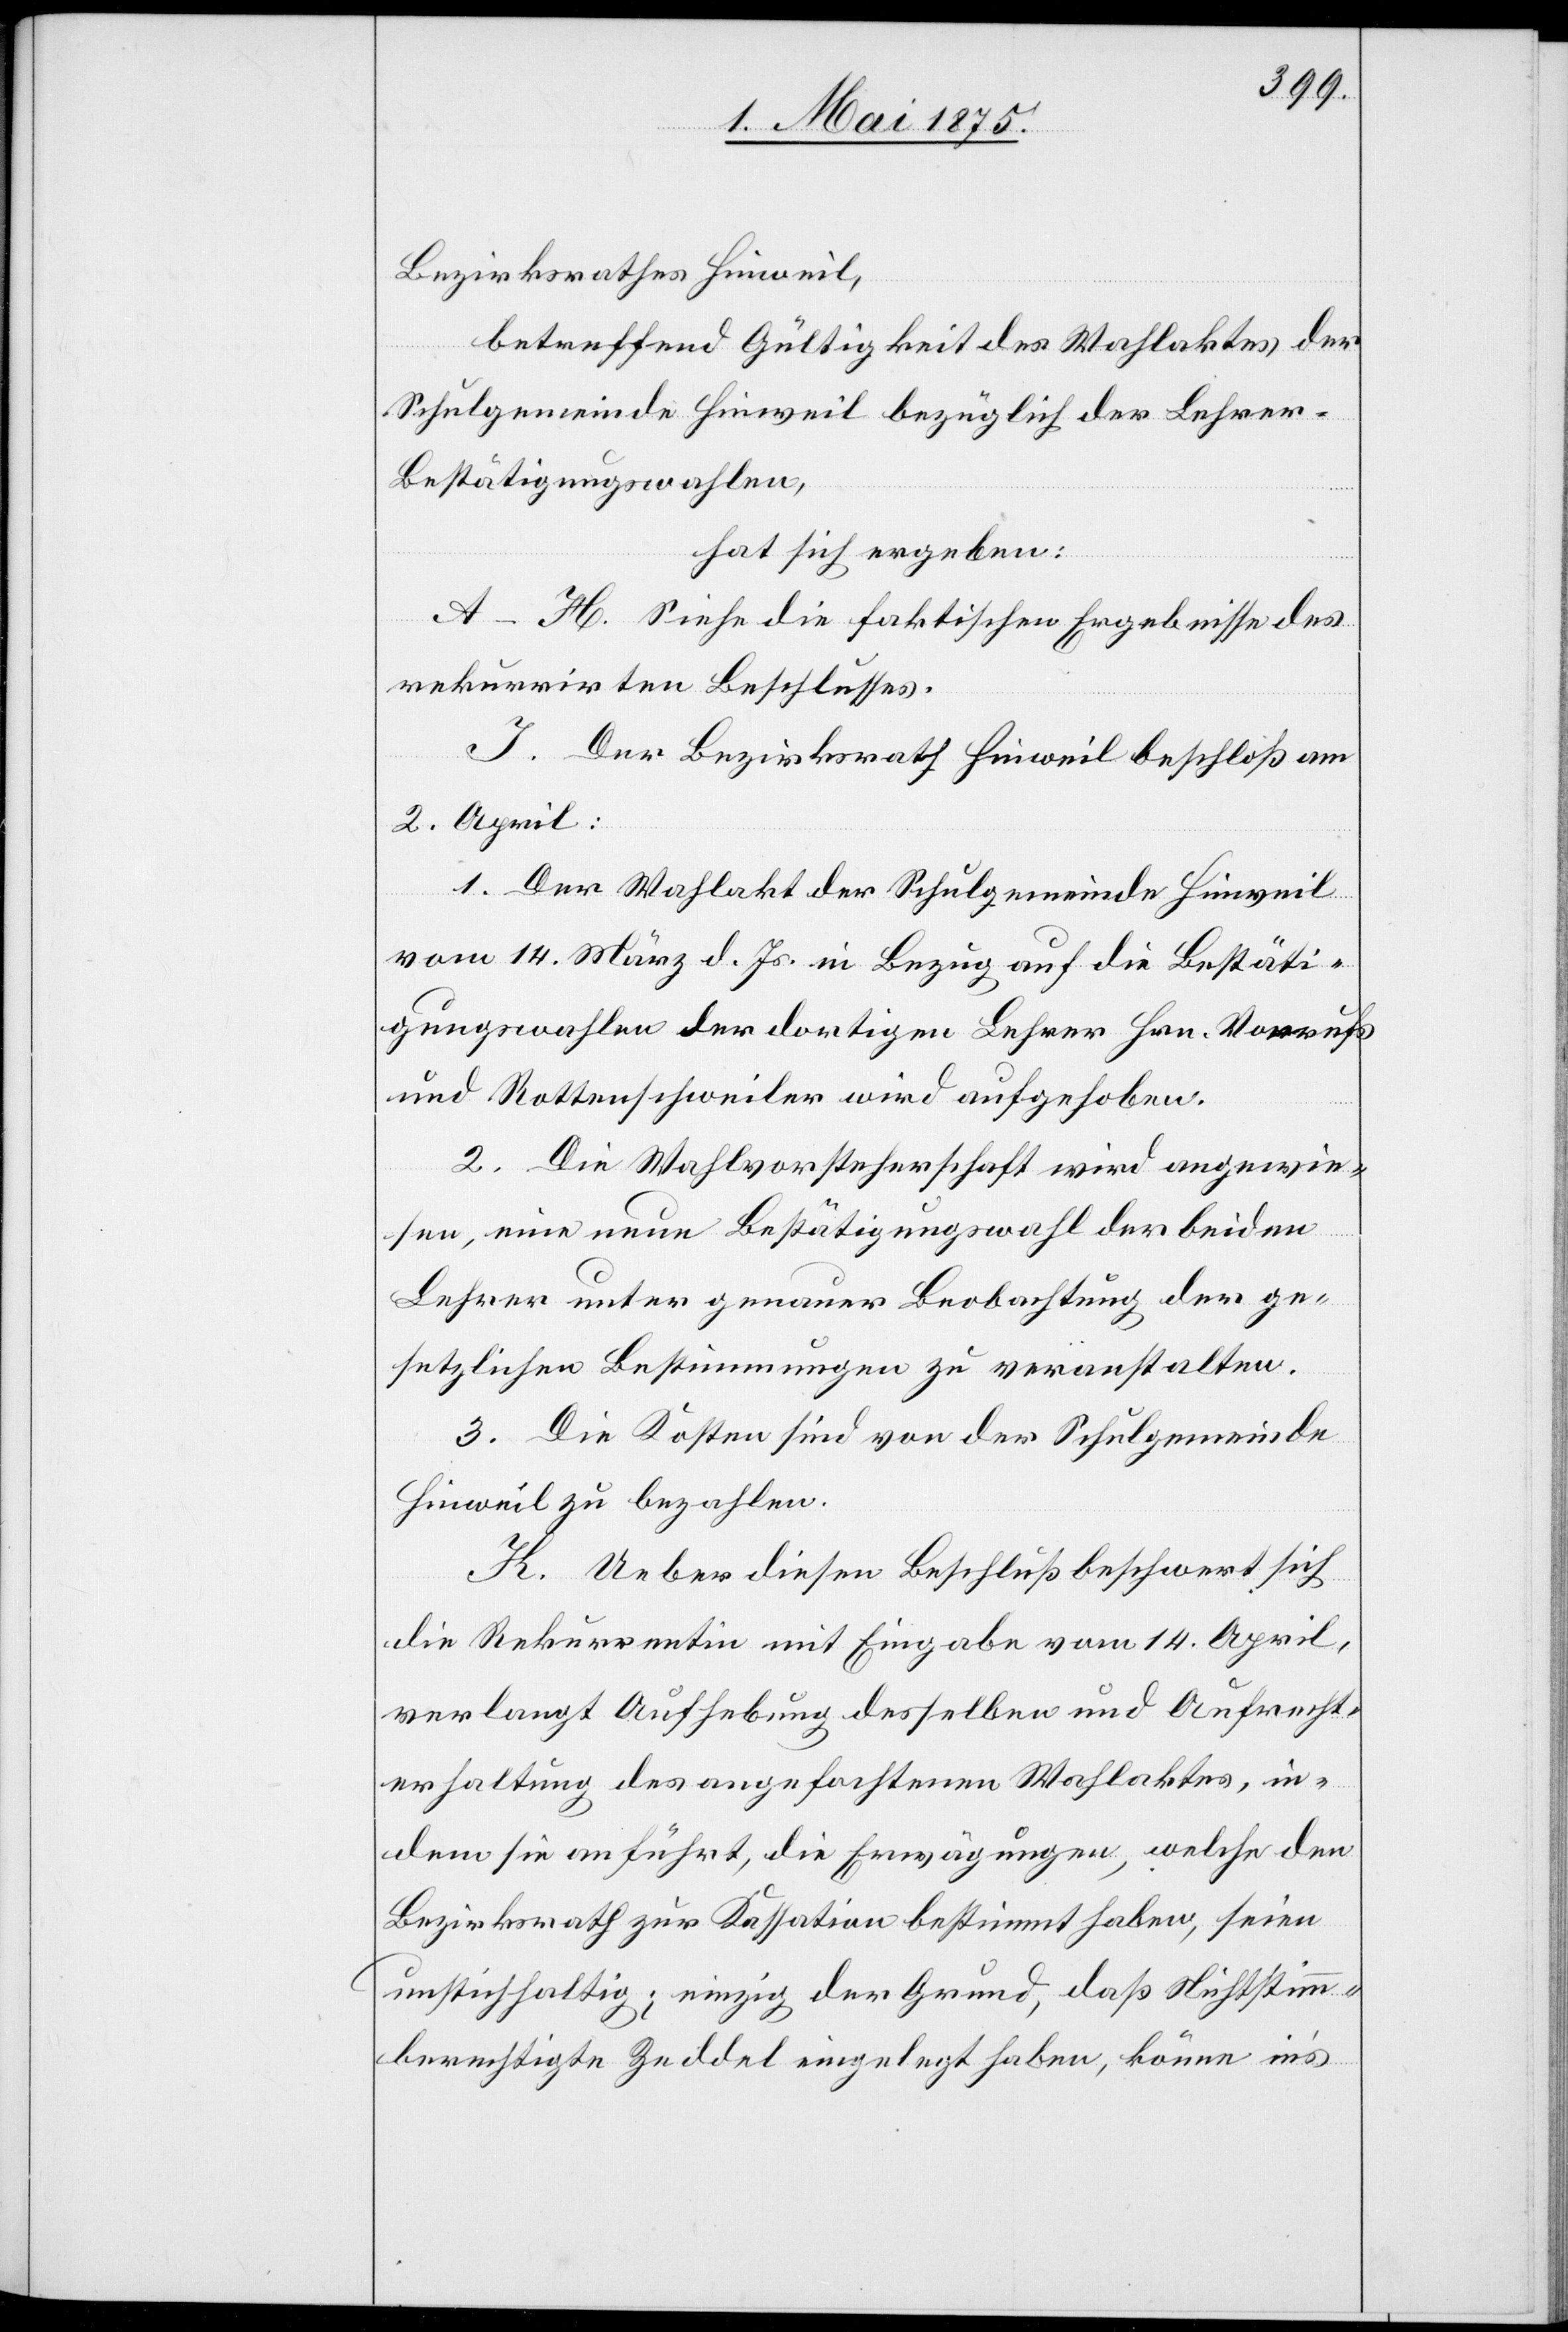
Bezirksrathes Hinweil,
betreffend Gültigkeit des Wahlaktes der
Schulgemeinde Hinweil bezüglich der Lehre¬
r-Bestätigungswahlen,
hat sich ergeben:
A–H. Siehe die faktischen Ergebnisse des
rekurrierten Beschlusses.
I. Der Bezirksrath Hinweil beschloß am
2. April:
1. Der Wahlakt der Schulgemeinde Hinweil
vom 14. März d. Js. in Bezug auf die Bestäti¬
gungswahlen der dortigen Lehrer Hrn. Vorrufs
und Rottenschweiler wird aufgehoben.
2. Die Wahlvorsteherschaft wird angewie¬
sen, eine neue Bestätigungswahl der beiden
Lehrer unter genauer Beobachtung der ge¬
setzlichen Bestimmungen zu veranstalten.
3. Die Kosten sind von der Schulgemeinde
Hinweil zu bezahlen.
K. Ueber diesen Beschluß beschwert sich
die Rekurrentin mit Eingabe vom 14. April,
verlangt Aufhebung desselben und Aufrecht¬
erhaltung des angefochtenen Wahlaktes, in¬
dem sie anführt, die Erwägungen, welche den
Bezirksrath zur Kassation bestimmt haben, seien
unstichhaltig; einzig der Grund, daß Nichtstimm¬
berechtigte Zeddel eingelegt haben, könne in’s